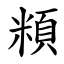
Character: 頪